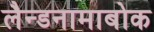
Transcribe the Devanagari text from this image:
लैन्डनामाबोक